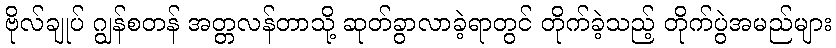
ဗိုလ်ချုပ် ဂျွန်စတန် အတ္တလန်တာသို့ ဆုတ်ခွာလာခဲ့ရာတွင် တိုက်ခဲ့သည့် တိုက်ပွဲအမည်များ